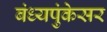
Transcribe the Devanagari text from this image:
बंध्यपुंकेसर